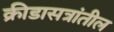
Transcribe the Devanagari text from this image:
क्रीडासत्रांतील